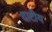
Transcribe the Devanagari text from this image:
दाटीय